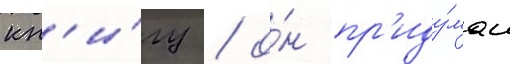
кн'и́гу / о́н пр'иду́мал